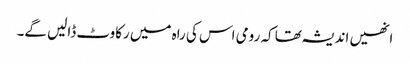
انھیں اندیشہ تھا کہ رومی اس کی راہ میں رکاوٹ ڈالیں گے۔